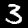
Digit: 3